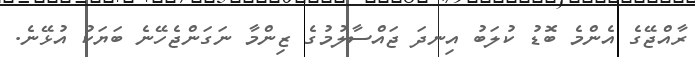
ރާއްޖޭގެ އެންމެ ބޮޑު ކުލަބު އިނދަ ޖައްސާލުމުގެ ޒިންމާ ނަގަންޖެހޭނެ ބަޔަކު އުޅޭނެ.